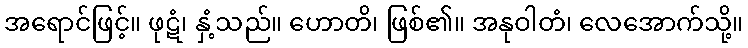
အရောင်ဖြင့်။ ဖုဋံ၊ နှံ့သည်။ ဟောတိ၊ ဖြစ်၏။ အနုဝါတံ၊ လေအောက်သို့။